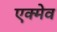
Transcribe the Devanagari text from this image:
एक्मेव